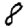
Digit: 8